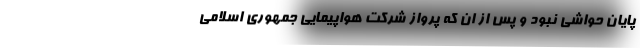
پایان حواشی نبود و پس از ان که پرواز شرکت هواپیمایی جمهوری اسلامی